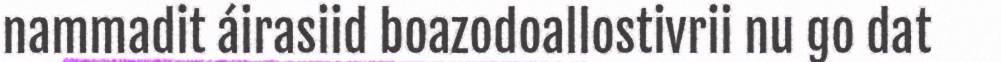
nammadit áirasiid boazodoallostivrii nu go dat